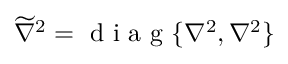
\widetilde { \nabla } ^ { 2 } = \mathrm { ~ d ~ i ~ a ~ g ~ } \{ \nabla ^ { 2 } , \nabla ^ { 2 } \}